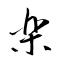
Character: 楽